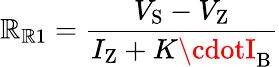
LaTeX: \mathbb{R}_{\mathrm{{\mathbb{R}1}}}={\frac{{V_{\mathrm{{S}}}-V_{\mathrm{{Z}}}}}{{I_{\mathrm{{Z}}}+K\cdotI_{\mathrm{{B}}}}}}